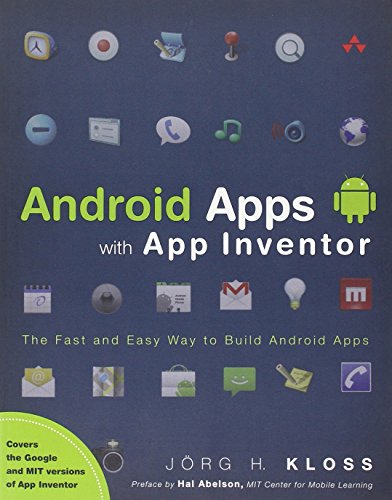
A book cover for Android Apps with App Inventor: The Fast and Easy Way to Build Android Apps; JÃ¶rg H. Kloss; Computers & Technology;